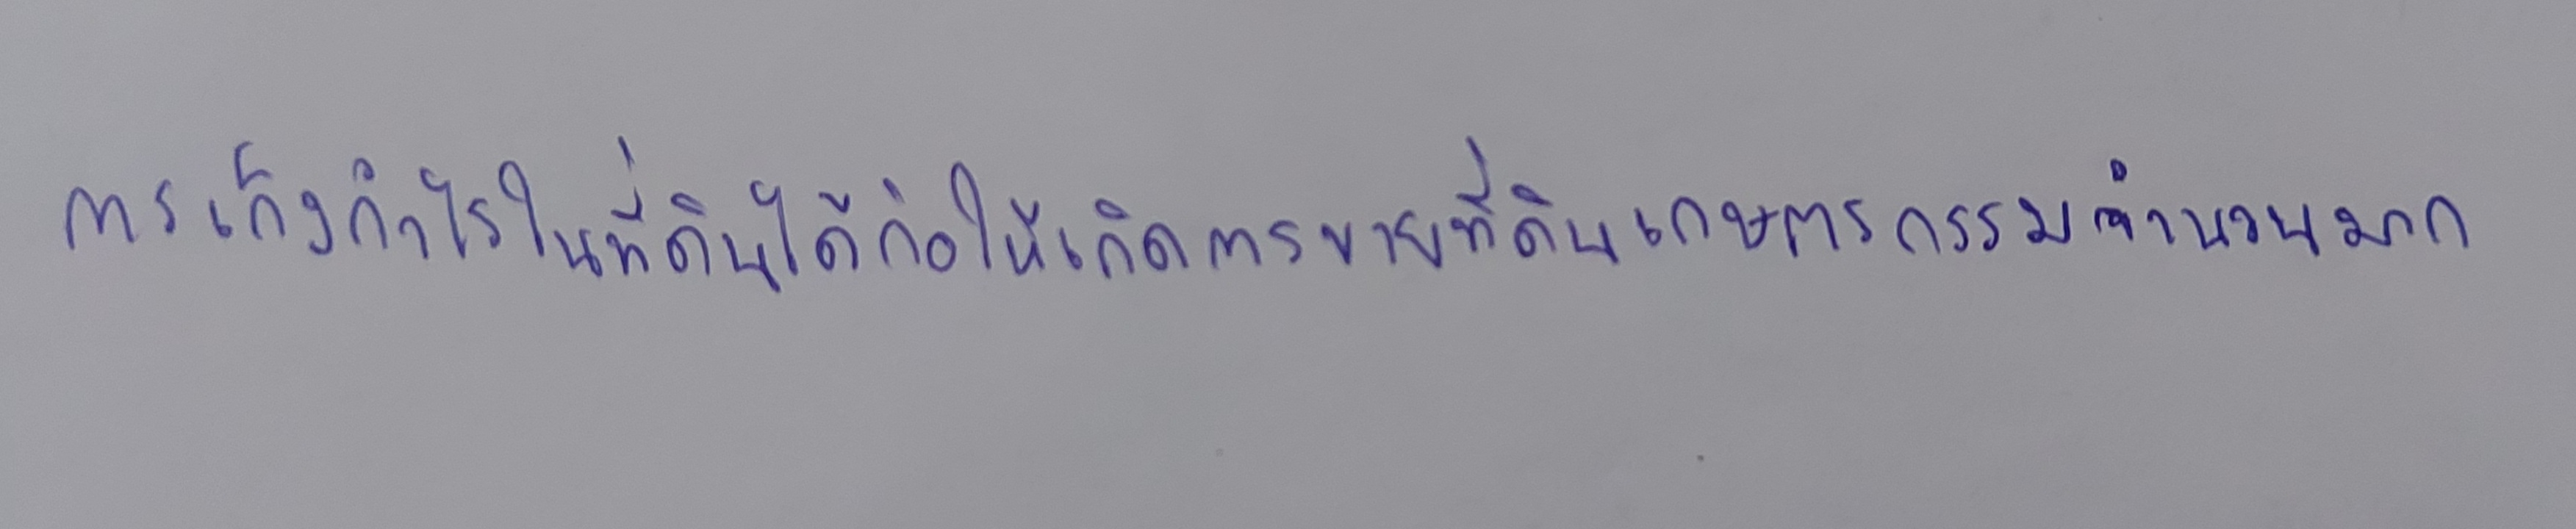
การเก็งกำไรในที่ดินได้ก่อให้เกิดการขายที่ดินเกษตรกรรมจำนวนมาก